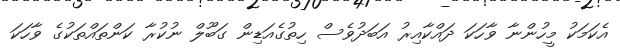
އެކަމަކު މީހުންނާ ވާހަކަ ދައްކާއިރު އަބަދުވެސް ހިތުގެއަޑިން ގަބޫލް ނުކުރާ ކަންތައްތަކުގެ ވާހަކަ